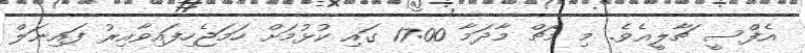
އެފްސީ ޗާލީއެވެ. މި މެޗް މާދަމާ 17:00 ގައި ކުޅުމަށް ހަމަޖެހިފައިވާއިރު ފައިނަލް